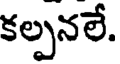
కల్పనలే.